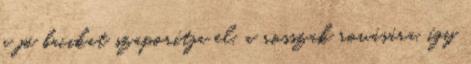
a jó bacikat szaporítja el, a rosszak rovására, így